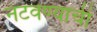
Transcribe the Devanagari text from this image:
नटवण्याची